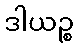
ဒါယဉ္စ